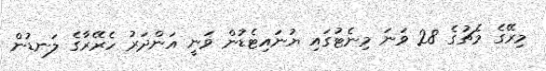
މިރޭގެ މެޗުގެ 28 ވަނަ މިނެޓުގައި ޔުނައިޓެޑުން ވަނީ އަންދަރު ހެރޭރާގެ ލަނޑުން